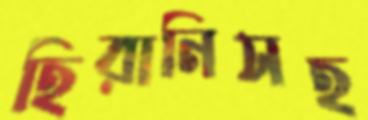
হিরানিসহ